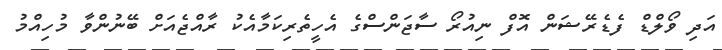
އަދި ވޯލްޑް ފެޑެރޭޝަން އޮފް ނިއުރޯ ސާޖަންސްގެ އެހީތެރިކަމާއެކު ރާއްޖެއަށް ބޭނުންވާ މުހިއްމު